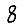
Digit: 8